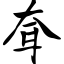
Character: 耷